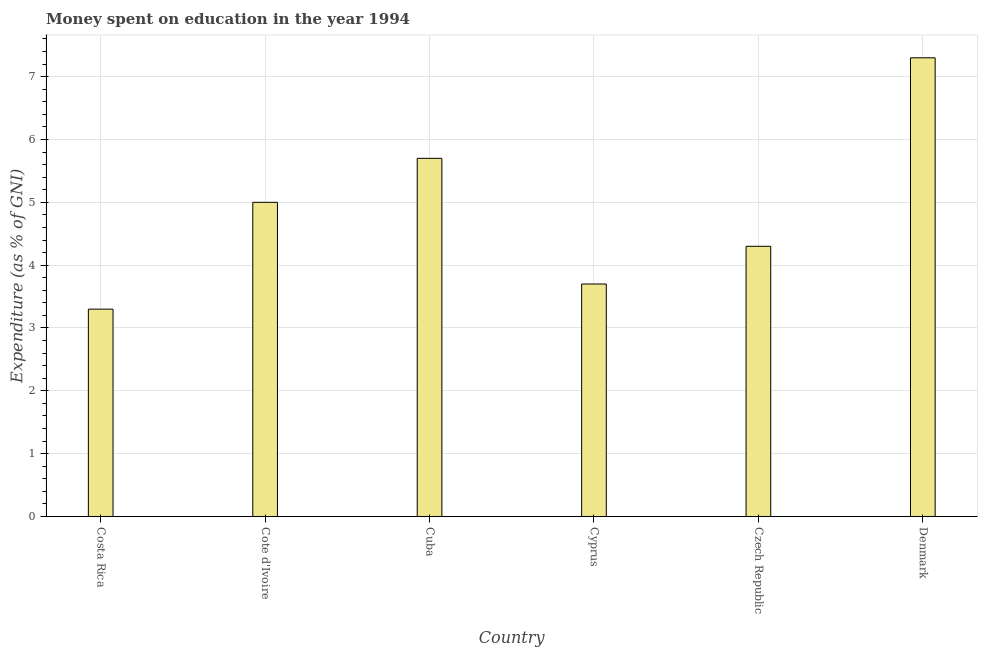
| Country | Education expenditure |
 | --- | --- |
 | Costa Rica | 3.3 |
 | Cote d'Ivoire | 5 |
 | Cuba | 5.7 |
 | Cyprus | 3.7 |
 | Czech Republic | 4.3 |
 | Denmark | 7.3 |